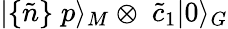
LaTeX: |\{ \tilde{n}\} \; p\rangle_{M}\otimes\; \tilde{c}_{1}|0\rangle_{G}